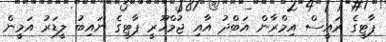
ޕާޓީގެ ރައީސް އިމްރާން އަބްދު އާއި ޖުމްހޫރީ ޕާޓީގެ ނައިބު ލީޑަރު އަމީން